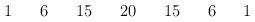
LaTeX: \begin{align*}\begin{array}{ccccccccccccccccc}&&1&&6&&15&&20&&15&&6&&1&&\\\end{array}\end{align*}